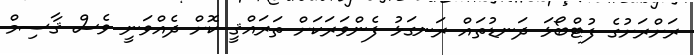
ރަށްރަށުގެ ފުޓްބޯޅަ ދަނޑުތައް ރަނގަޅު ފެންވަރަކަށް ތަރައްޤީ ކޮށް ދެއްވަނީ ވެސް ޤާސިމް